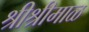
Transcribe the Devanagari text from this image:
श्रीश्रीमाळ